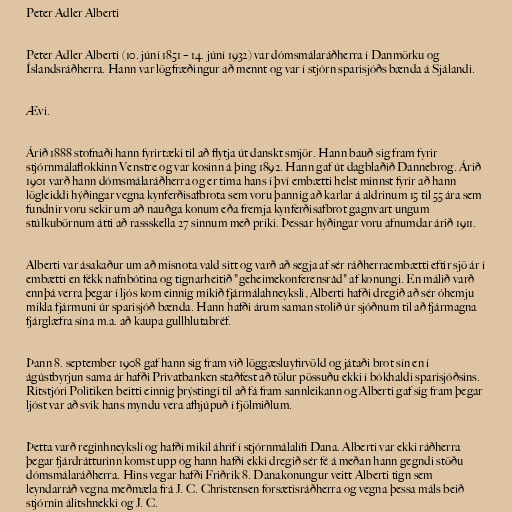
Peter Adler Alberti

Peter Adler Alberti (10. júní 1851 – 14. júní 1932) var dómsmálaráðherra í Danmörku og
Íslandsráðherra. Hann var lögfræðingur að mennt og var í stjórn sparisjóðs bænda á Sjálandi.

Ævi.

Árið 1888 stofnaði hann fyrirtæki til að flytja út danskt smjör. Hann bauð sig fram fyrir
stjórnmálaflokkinn Venstre og var kosinn á þing 1892. Hann gaf út dagblaðið Dannebrog. Árið
1901 varð hann dómsmálaráðherra og er tíma hans í því embætti helst minnst fyrir að hann
lögleiddi hýðingar vegna kynferðisafbrota sem voru þannig að karlar á aldrinum 15 til 55 ára sem
fundnir voru sekir um að nauðga konum eða fremja kynferðisafbrot gagnvart ungum
stúlkubörnum átti að rassskella 27 sinnum með priki. Þessar hýðingar voru afnumdar árið 1911.

Alberti var ásakaður um að misnota vald sitt og varð að segja af sér ráðherraembætti eftir sjö ár í
embætti en fékk nafnbótina og tignarheitið "geheimekonferensråd" af konungi. En málið varð
ennþá verra þegar í ljós kom einnig mikið fjármálahneyksli, Alberti hafði dregið að sér óhemju
mikla fjármuni úr sparisjóð bænda. Hann hafði árum saman stolið úr sjóðnum til að fjármagna
fjárglæfra sína m.a. að kaupa gullhlutabréf.

Þann 8. september 1908 gaf hann sig fram við löggæsluyfirvöld og játaði brot sín en í
ágústbyrjun sama ár hafði Privatbanken staðfest að tölur pössuðu ekki í bókhaldi sparisjóðsins.
Ritstjóri Politiken beitti einnig þrýstingi til að fá fram sannleikann og Alberti gaf sig fram þegar
ljóst var að svik hans myndu vera afhjúpuð í fjölmiðlum.

Þetta varð reginhneyksli og hafði mikil áhrif í stjórnmálalífi Dana. Alberti var ekki ráðherra
þegar fjárdrátturinn komst upp og hann hafði ekki dregið sér fé á meðan hann gegndi stöðu
dómsmálaráðherra. Hins vegar hafði Friðrik 8. Danakonungur veitt Alberti tign sem
leyndarráð vegna meðmæla frá J. C. Christensen forsætisráðherra og vegna þessa máls beið
stjórnin álitshnekki og J. C.